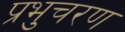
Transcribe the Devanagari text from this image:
प्रभुचरण